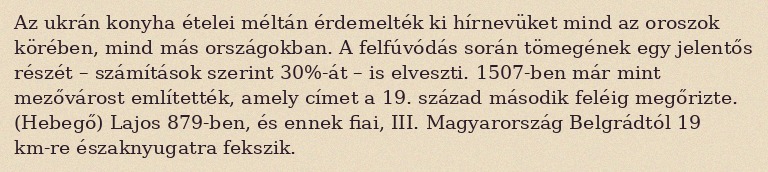
Az ukrán konyha ételei méltán érdemelték ki hírnevüket mind az oroszok körében, mind más országokban. A felfúvódás során tömegének egy jelentős részét – számítások szerint 30%-át – is elveszti. 1507-ben már mint mezővárost említették, amely címet a 19. század második feléig megőrizte. (Hebegő) Lajos 879-ben, és ennek fiai, III. Magyarország Belgrádtól 19 km-re északnyugatra fekszik.